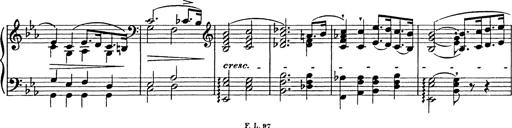
Title: Festmarsch zur SÃ¤cularfeier von Goethes Geburtstag
Composer: Franz Liszt